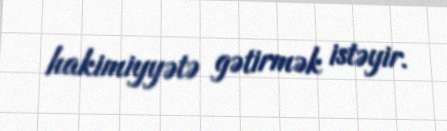
hakimiyyətə gətirmək istəyir.